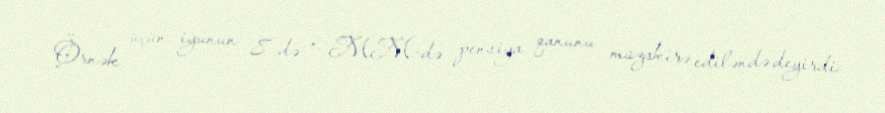
Örnək üçün, iyunun 8-də o, MM-də pensiya qanunu müzakirə ediləndə deyirdi: